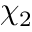
\chi _ { 2 }